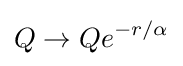
Q\rightarrow Qe^{-r/\alpha }